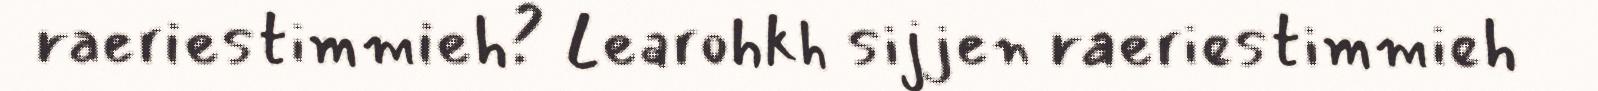
raeriestimmieh? Learohkh sijjen raeriestimmieh